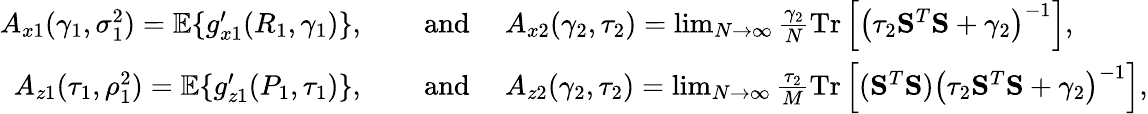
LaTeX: \begin{array}{rl}{A_{x1}(\gamma_{1},\sigma_{1}^{2})=\mathbb{E}\{ g_{x1}^{\prime}(R_{1},\gamma_{1})\} ,\quad}&{\mathrm{~and~}\quad A_{x2}(\gamma_{2},\tau_{2})=\operatorname*{lim}_{N\to\infty}\frac{\gamma_{2}}{N}\mathrm{Tr}\left[\left(\tau_{2}\mathbf{S}^{T}\mathbf{S}+\gamma_{2}\right)^{-1}\right],}\\ {A_{z1}(\tau_{1},\rho_{1}^{2})=\mathbb{E}\{ g_{z1}^{\prime}(P_{1},\tau_{1})\} ,\quad}&{\mathrm{~and~}\quad A_{z2}(\gamma_{2},\tau_{2})=\operatorname*{lim}_{N\to\infty}\frac{\tau_{2}}{M}\mathrm{Tr}\left[(\mathbf{S}^{T}\mathbf{S})\left(\tau_{2}\mathbf{S}^{T}\mathbf{S}+\gamma_{2}\right)^{-1}\right],}\end{array}